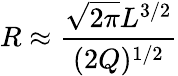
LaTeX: R\approx\frac{\sqrt{2\pi}L^{3/2}}{(2Q)^{1/2}}